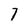
Character: 7